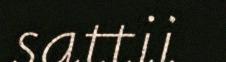
sattii